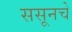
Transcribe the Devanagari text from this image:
ससूनचे